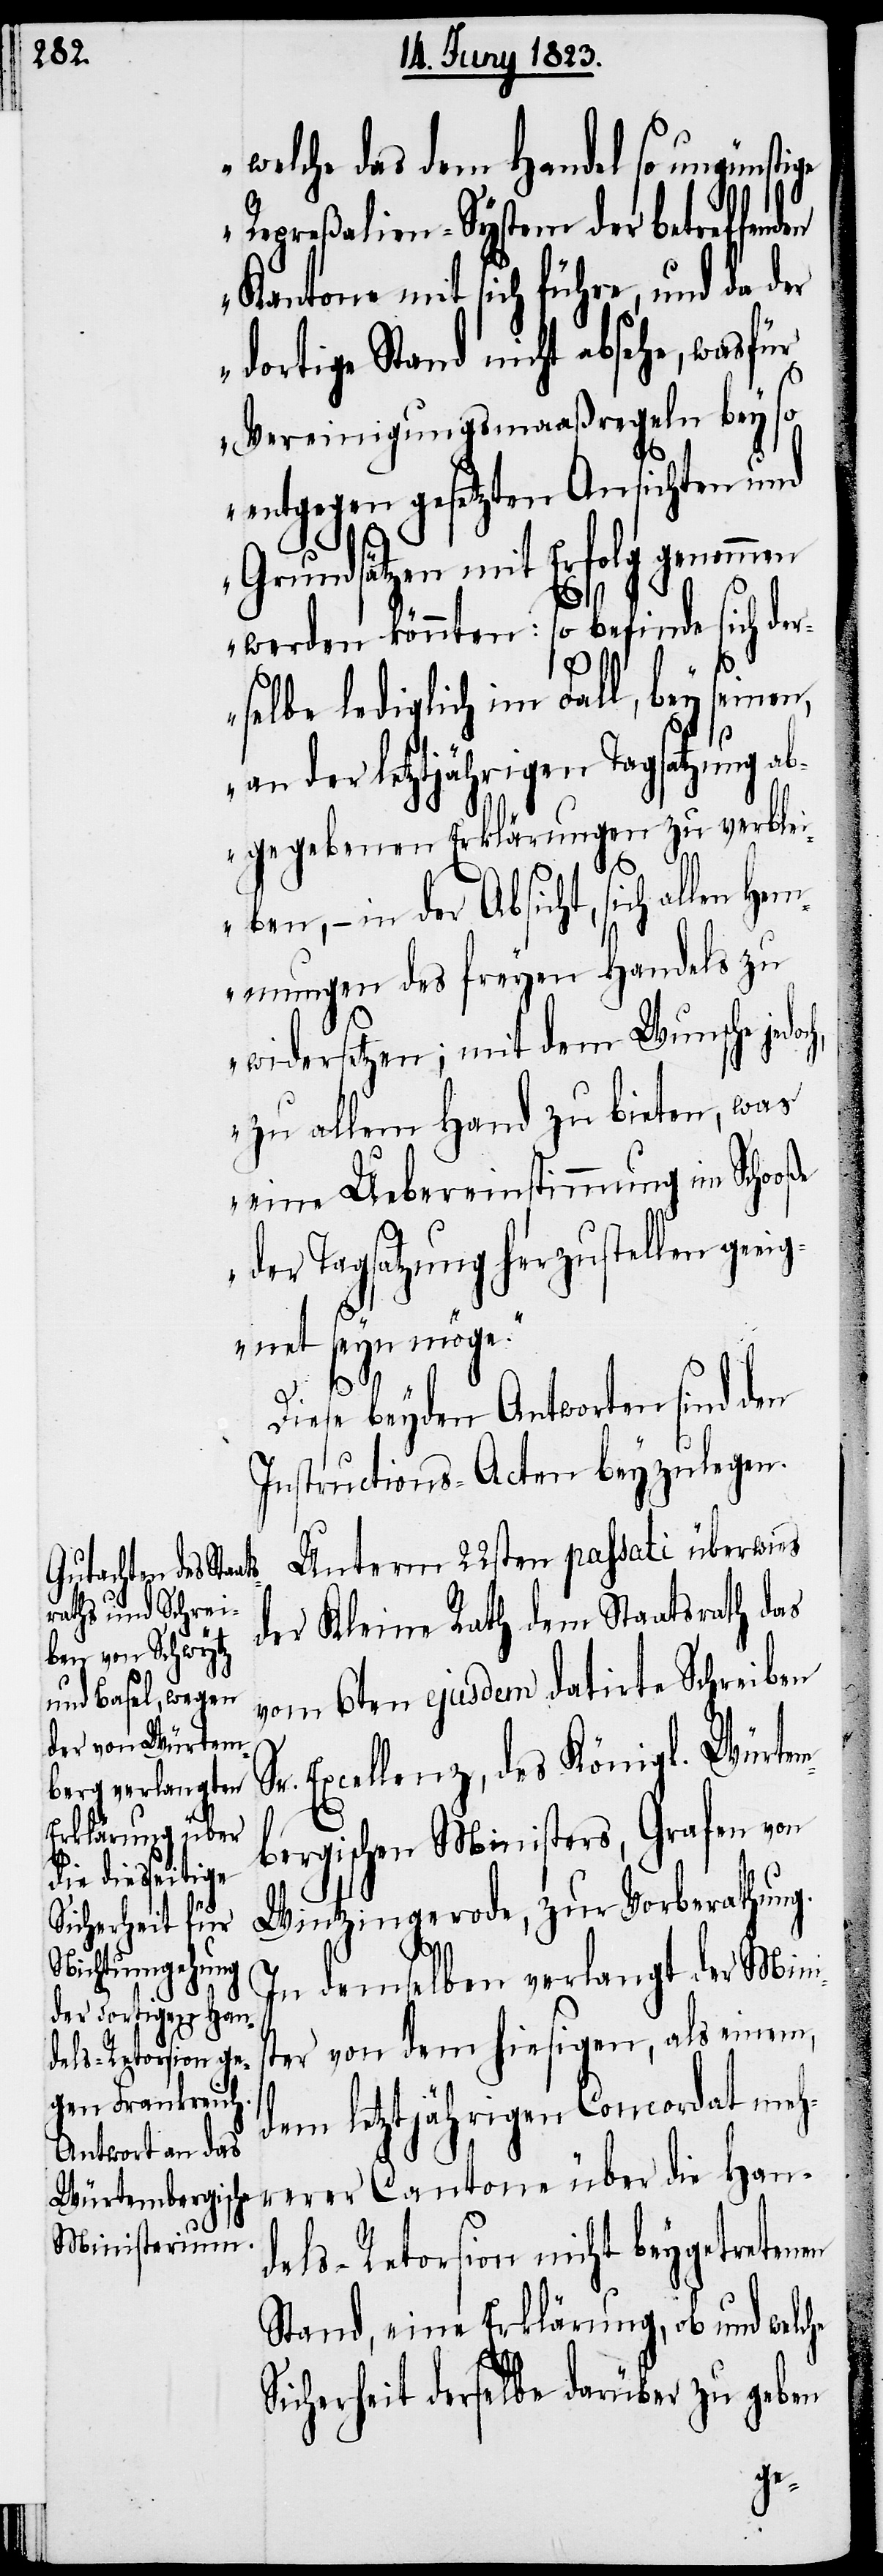
welche das dem Handel so ungünsti¬
Repreßalien-System der betreffend¬
Kantone mit sich führe, und da der
dortige Stand nicht absehe, wasfür
Vereinigungsmaaßregeln bey so
entgegen gesetzten Ansichten und
Grundsätzen mit Erfolg genommen
werden könnten: so befinde sich de¬
rselbe lediglich im Fall, bey seinen,
an der letztjährigen Tagsatzung a¬
bgegebenen Erklärungen zu verblei¬
ben, – in der Absicht, sich allen He¬
mmungen des freyen Handels zu
widersetzen; mit dem Wunsche
zu allem Hand zu bieten, was
eine Uebereinstimmung im Schooße
m¬
der Tagsatzung herzustellen geeig¬
net seyn möge.“
Diese beyden Antworten sind den
Instructions-Acten beyzulegen.
Unterm 22sten passati überwies
der Kleine Rath dem Staatsrath das
vom 6ten ejusdem datirte Schreiben
Excellenz, des Königl. Würte¬
bergischen Ministers, Grafen von
Wintzingerode, zur Vorberathung.
In demselben verlangt der Minis¬
ter von dem hiesigen, als einem,
dem letztjährigen Concordat meh¬
rerer Cantone über die Han¬
dels-Retorsion nicht beygetretenen
Stand, eine Erklärung, ob und welche
Sicherheit derselbe darüber zu geben
ge